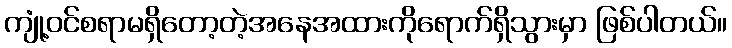
ကျုံ့ဝင်စရာမရှိတော့တဲ့အနေအထားကိုရောက်ရှိသွားမှာ ဖြစ်ပါတယ်။